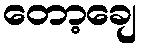
တော့ချေ